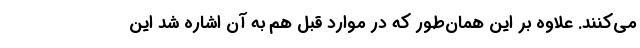
می‌کنند. علاوه بر این همان‌طور که در موارد قبل هم به آن اشاره شد این